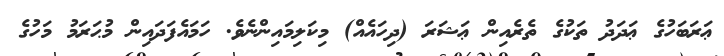
ޢަރަބަހުގެ ޢަދަދު ތަކުގެ ތެރެއިން ޢަޝަރަ (ދިހައެއް) މިކަލިމައިންނެވެ. ހަމައެފަދައިން މުޙަރަމު މަހުގެ